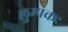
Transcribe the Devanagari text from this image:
लुम्पकः